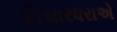
વિચારધરાએ